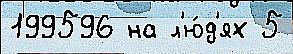
199596 на л'ю́д'ях 5